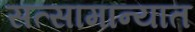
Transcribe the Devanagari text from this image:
सत्सामान्यात